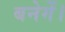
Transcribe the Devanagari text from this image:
बनेगें।